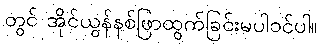
တွင် အိုင်ယွန်နစ်ဖြာထွက်ခြင်းမပါဝင်ပါ။